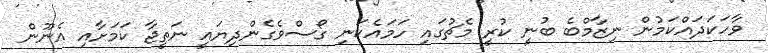
ވާހަކަދައްކަމުން ނިޒާމްބެ ބުނީ ކުރީ މެޗުގައި ހަމައެކަނި ގޯސްވެގެންދިޔައީ ނަތީޖާ ކަމަށާއި އެނޫން